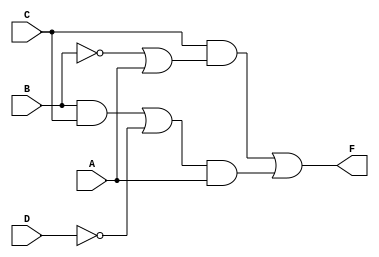
module Lab1_gatelevel(F, A, B, C, D);
    output  F;
    input   A, B, C, D;
    wire    w1, w2, w3, w4, w5, w6, w7;

    not     G1(w1, B);
    or      G2(w2, w1, A);
    and     G3(w3, B, C);
    not     G4(w4, D);
    and     G5(w5, C, w2);
    or      G6(w6, w3, w4);
    and     G7(w7, w6, A);
    or      G8(F, w5, w7);
endmodule